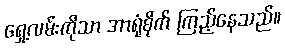
ရှေ့လမ်းကိုသာ အာရုံစိုက် ကြည့်နေသည်။